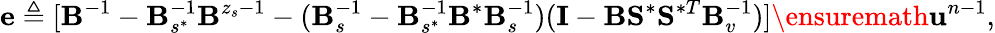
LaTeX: \mathbf{e}\triangleq[\mathbf{B}^{-1}-\mathbf{B}_{s^{\ast}}^{-1}\mathbf{B}^{z_{s}-1}-(\mathbf{B}_{s}^{-1}-\mathbf{B}_{s^{\ast}}^{-1}\mathbf{B}^{\ast}\mathbf{B}_{s}^{-1})(\mathbf{I}-\mathbf{B}\mathbf{S}^{\ast}\mathbf{S}^{\ast T}\mathbf{B}_{v}^{-1})]\ensuremath{\mathbf{u}}^{n-1},